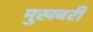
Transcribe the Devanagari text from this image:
मुखबरी